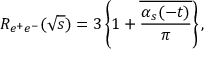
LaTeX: R _ { e ^ { + } e ^ { - } } ( \sqrt s ) = 3 \left\{ 1 + \overline { { { { \frac { \alpha _ { s } ( - t ) } { \pi } } } } } \right\} ,